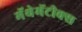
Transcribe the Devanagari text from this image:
मॅथेमॅटीक्स